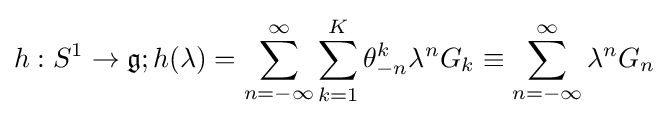
h:S^{1}\to {\mathfrak {g}};h(\lambda )=\sum _{n=-\infty }^{\infty }\sum _{k=1}^{K}\theta _{-n}^{k}\lambda ^{n}G_{k}\equiv \sum _{n=-\infty }^{\infty }\lambda ^{n}G_{n}